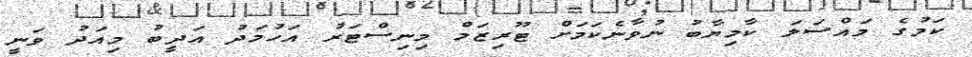
ކަމުގެ މައްސަލަ ކާމިޔާބު ނުވާނެކަމަށް ޓޫރިޒަމް މިނިސްޓަރު އަހުމަދު އަދީބު މިއަދު ވަނީ